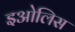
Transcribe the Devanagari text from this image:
इओलिस